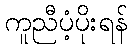
ကူညီပံ့ပိုးရန်